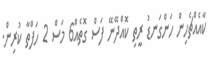
ކާއެއްޗެހިން ހަންގަނޑު ރީތި ކޮއްދޭނޭ ފަސް ގޮތެއް6 މަސް 2 ހަފްތާ ކުރިން.